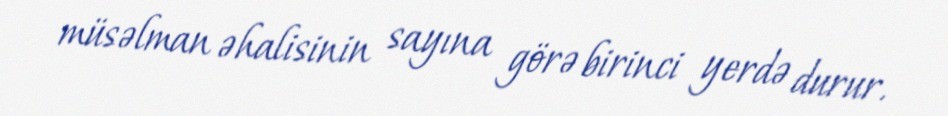
müsəlman əhalisinin sayına görə birinci yerdə durur.